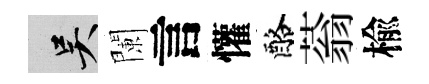
吴闌言懽酪蓊楡